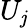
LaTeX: U_{\mathit{j}}